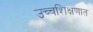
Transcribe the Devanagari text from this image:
उच्चशिक्षणात